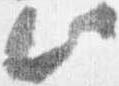
此